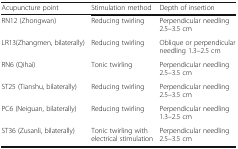
| Acupuncture point | Stimulation method | Depth of insertion |
 | --- | --- | --- |
 | RN12 (Zhongwan) | Reducing twirling | Perpendicular needling 2.5–3.5 cm |
 | LR13(Zhangmen, bilaterally) | Reducing twirling | Oblique or perpendicular needling 1.3–2.5 cm |
 | RN6 (Qihai) | Tonic twirling | Perpendicular needling 2.5–3.5 cm |
 | ST25 (Tianshu, bilaterally) | Reducing twirling | Perpendicular needling 2.5–3.5 cm |
 | PC6 (Neiguan, bilaterally) | Reducing twirling | Perpendicular needling 1.3–2.5 cm |
 | ST36 (Zusanli, bilaterally) | Tonic twirling with electrical stimulation | Perpendicular needling 2.5–3.5 cm |